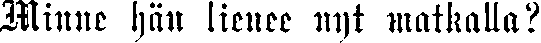
Minne hän lienee nyt matkalla?